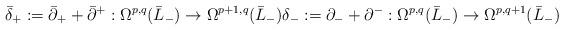
LaTeX: \begin{align*} \bar\delta_+ := \bar\partial_+ + \bar\partial^+ : \Omega^{p,q}(\bar L_-) \to \Omega^{p+1,q}(\bar L_-) \delta_- := \partial_- + \partial^- : \Omega^{p,q}(\bar L_-) \to \Omega^{p,q+1}(\bar L_-)\end{align*}